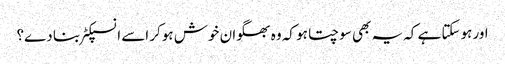
اور ہوسکتا ہے کہ یہ بھی سوچتا ہو کہ وہ بھگوان خوش ہوکر اسے انسپکٹر بنا دے؟